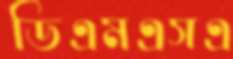
ডিএমএসএ